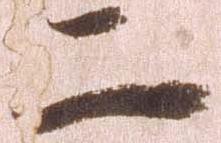
二